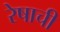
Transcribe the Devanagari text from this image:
रेषाची